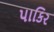
પાકિર